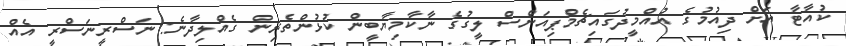
ކުއާޓާ އަށް ދިއުމުގެ އުއްމީދުގައިޗެމްޕިއަންސް ލީގުގެ ނާކާމިޔާބީން ކުޅުންތެރިން ގެއްލިދާނެ: ނަސްރީނަސްރީ އެއް